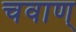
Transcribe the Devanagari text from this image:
चवाण्